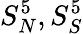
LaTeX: S_{N}^{5},S_{S}^{5}